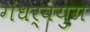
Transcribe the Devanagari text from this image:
गंधर्वयुग